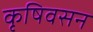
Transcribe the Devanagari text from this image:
कृषिवसन